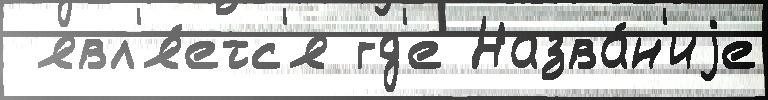
 явл'я́етс'я гд'е Назва́н'иjе